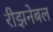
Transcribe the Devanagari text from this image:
रीझनेबल